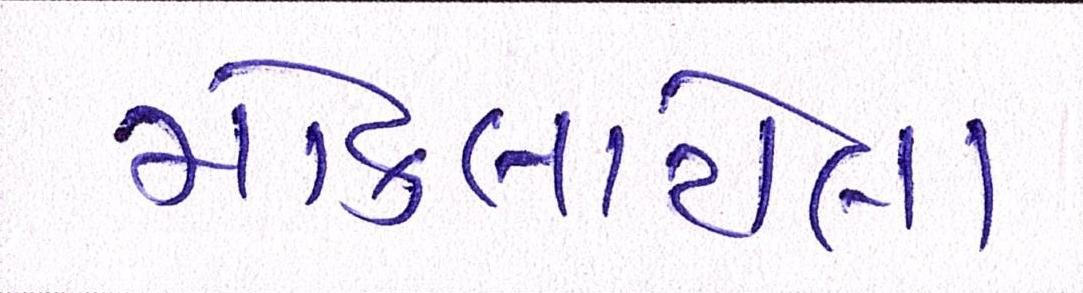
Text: મોકલાયેલા